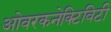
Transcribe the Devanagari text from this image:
ओवरकनेक्टिविटी